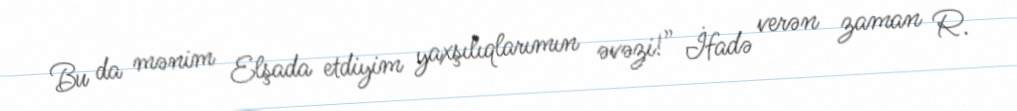
Bu da mənim Elşada etdiyim yaxşılıqlarımın əvəzi!” İfadə verən zaman R.